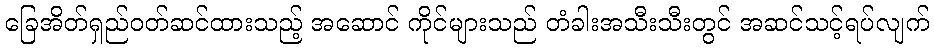
ခြေအိတ်ရှည်ဝတ်ဆင်ထားသည့် အဆောင် ကိုင်များသည် တံခါးအသီးသီးတွင် အဆင်သင့်ရပ်လျက်